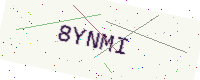
Text: 8YNMI